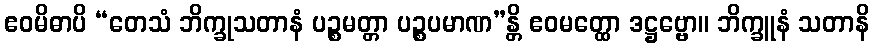
ဧဝမိဓာပိ “တေသံ ဘိက္ခုသတာနံ ပဉ္စမတ္တာ ပဉ္စပမာဏ”န္တိ ဧဝမတ္ထော ဒဋ္ဌဗ္ဗော။ ဘိက္ခူနံ သတာနိ